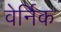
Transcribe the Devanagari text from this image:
वेर्निक